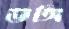
ভঙ্গি